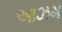
આઝમ